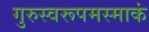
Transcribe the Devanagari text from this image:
गुरुस्वरूपमस्माकं